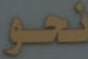
نحو